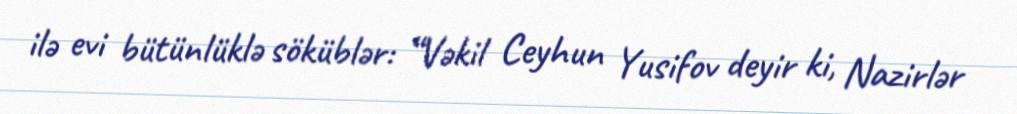
ilə evi bütünlüklə söküblər: “Vəkil Ceyhun Yusifov deyir ki, Nazirlər